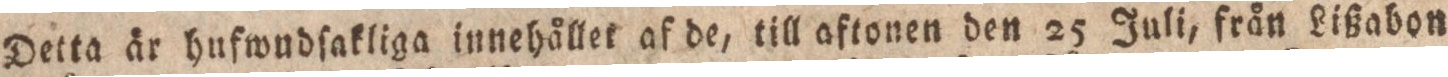
Detta år hufwudſakliga innehållet af de, till aftonen den 25 Juli, från Lißabon